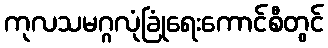
ကုလသမဂ္ဂလုံခြုံရေးကောင်စီတွင်